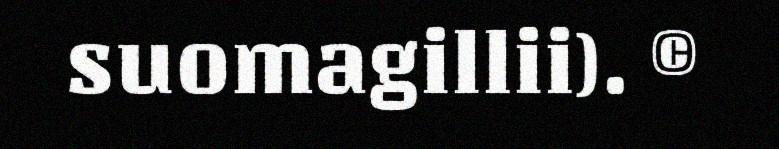
suomagillii). ©